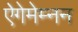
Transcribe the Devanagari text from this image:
ऐगेमेम्नन